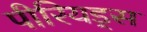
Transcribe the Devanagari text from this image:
पीरियड्स